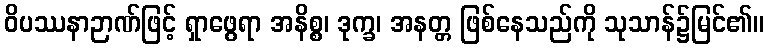
ဝိပဿနာဉာဏ်ဖြင့် ရှာဖွေရာ အနိစ္စ၊ ဒုက္ခ၊ အနတ္တ ဖြစ်နေသည်ကို သုသာန်၌မြင်၏။